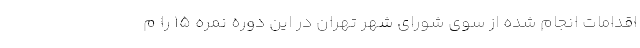
اقدامات انجام شده از سوی شورای شهر تهران در این دوره نمره ۱۵ را م